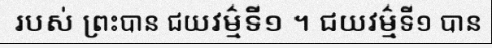
របស់ ព្រះបាន ជយវម៌្មទី១ ។ ជយវម៌្មទី១ បាន